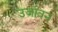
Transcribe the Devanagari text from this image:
उर्जावन